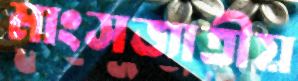
মাংসজাতীয়